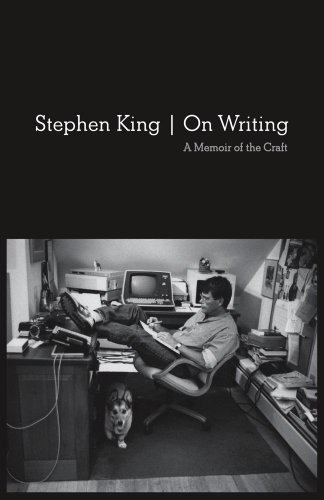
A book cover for On Writing: 10th Anniversary Edition: A Memoir of the Craft; Stephen King; Biographies & Memoirs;